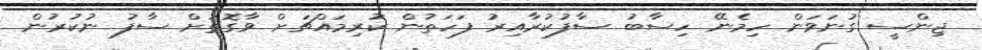
ޖިންސީ ގުނަވަން ހިމެނޭ ހިސާބު ސާފުކުރާއިރު ފަހަތުން ކުރިމައްޗަށް ވާގޮތަށް ސާފު ނުކުރުން